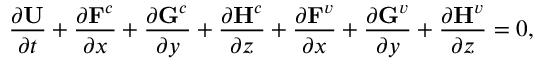
\centering \frac { \partial \mathbf { U } } { \partial t } + \frac { \partial \mathbf { F } ^ { c } } { \partial x } + \frac { \partial \mathbf { G } ^ { c } } { \partial y } + \frac { \partial \mathbf { H } ^ { c } } { \partial z } + \frac { \partial \mathbf { F } ^ { v } } { \partial x } + \frac { \partial \mathbf { G } ^ { v } } { \partial y } + \frac { \partial \mathbf { H } ^ { v } } { \partial z } = 0 ,